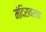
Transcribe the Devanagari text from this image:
मंदिरावरचा